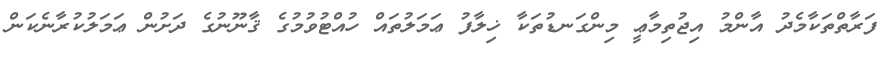
ފަރާތްތަކާމެދު އާންމު އިޖުތިމާޢީ މިންގަނޑުތަކާ ޚިލާފު ޢަމަލުތައް ހުއްޓުވުމުގެ ޤާނޫނުގެ ދަށުން ޢަމަލުކުރާނެކަން